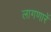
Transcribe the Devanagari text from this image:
लागणारें